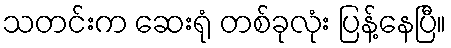
သတင်းက ဆေးရုံ တစ်ခုလုံး ပြန့်နေပြီ။